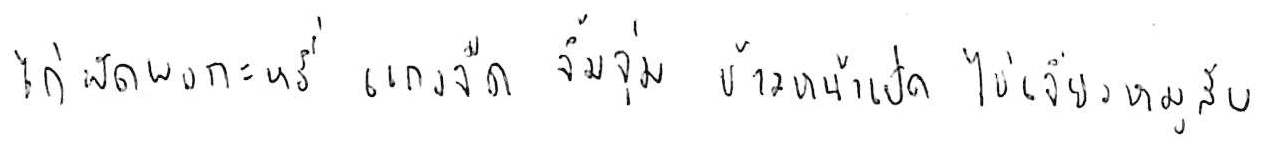
ไก่ผัดผงกะหรี่ แกงจืด จิ้มจุ่ม ข้าวหน้าเป็ด ไข่เจียวหมูสับ